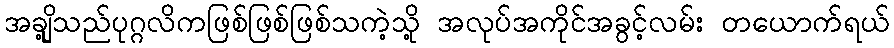
အချို့သည်ပုဂ္ဂလိကဖြစ်ဖြစ်ဖြစ်သကဲ့သို့ အလုပ်အကိုင်အခွင့်လမ်း တယောက်ရယ်